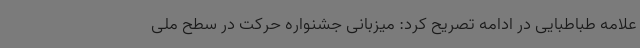
علامه طباطبایی در ادامه تصریح کرد: میزبانی جشنواره حرکت در سطح ملی